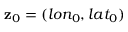
\mathbf { z } _ { 0 } = ( l o n _ { 0 } , l a t _ { 0 } )